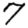
Digit: 7